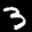
Label: 3